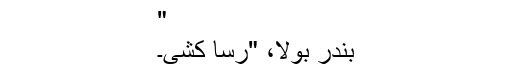
"
بندر بولا، "رسّا کشی۔